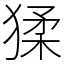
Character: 猱